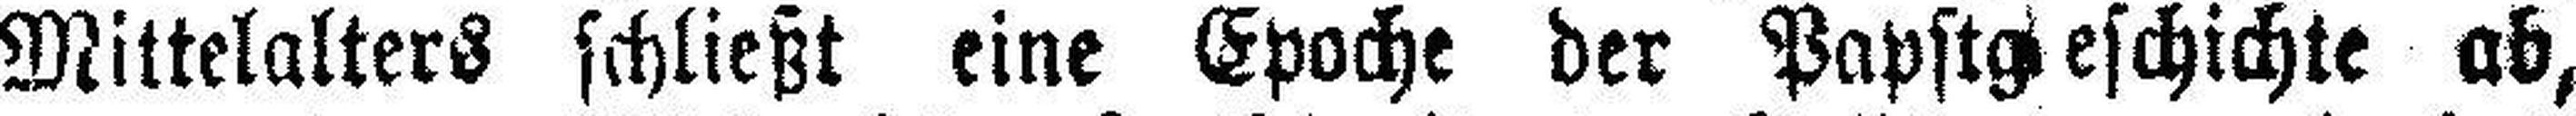
Mittelalters schließt eine Epoche der Papstgeschichte ab,